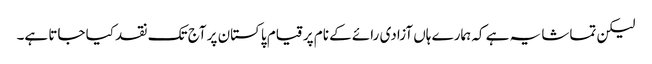
لیکن تماشا یہ ہے کہ ہمارے ہاں آزادی رائے کے نام پر قیام پاکستان پر آج تک نقد کیا جاتا ہے۔